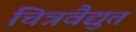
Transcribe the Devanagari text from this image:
चित्रवैद्युत